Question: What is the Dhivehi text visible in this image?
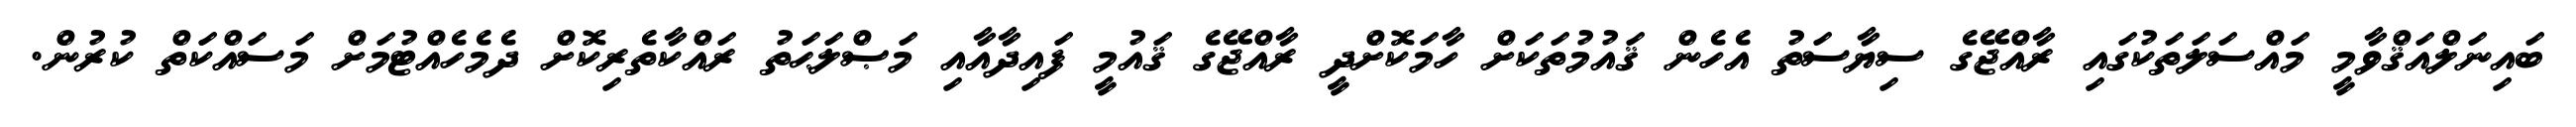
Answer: ބައިނަލްއަޤްވާމީ މައްސަލަތަކުގައި ރާއްޖޭގެ ސިޔާސަތު އެހެން ޤައުމުތަކަށް ހާމަކޮށްދީ ރާއްޖޭގެ ޤައުމީ ފައިދާއާއި މަޞްލަޙަތު ރައްކާތެރިކޮށް ދެމެހެއްޓުމަށް މަސައްކަތް ކުރުން.